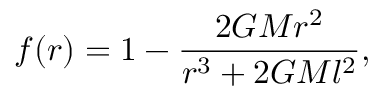
f ( r ) = 1 - \frac { 2 G M r ^ { 2 } } { r ^ { 3 } + 2 G M l ^ { 2 } } ,